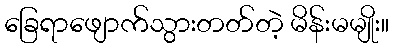
ခြေရာဖျောက်သွားတတ်တဲ့ မိန်းမမျိုး။